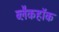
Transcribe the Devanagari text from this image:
ब्लैकहॉक